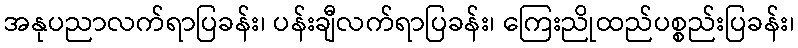
အနုပညာလက်ရာပြခန်း၊ ပန်းချီလက်ရာပြခန်း၊ ကြေးညိုထည်ပစ္စည်းပြခန်း၊